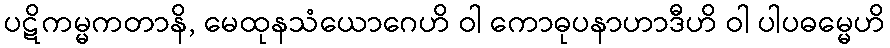
ပဋိကမ္မကတာနိ, မေထုနသံယောဂေဟိ ဝါ ကောဓုပနာဟာဒီဟိ ဝါ ပါပဓမ္မေဟိ